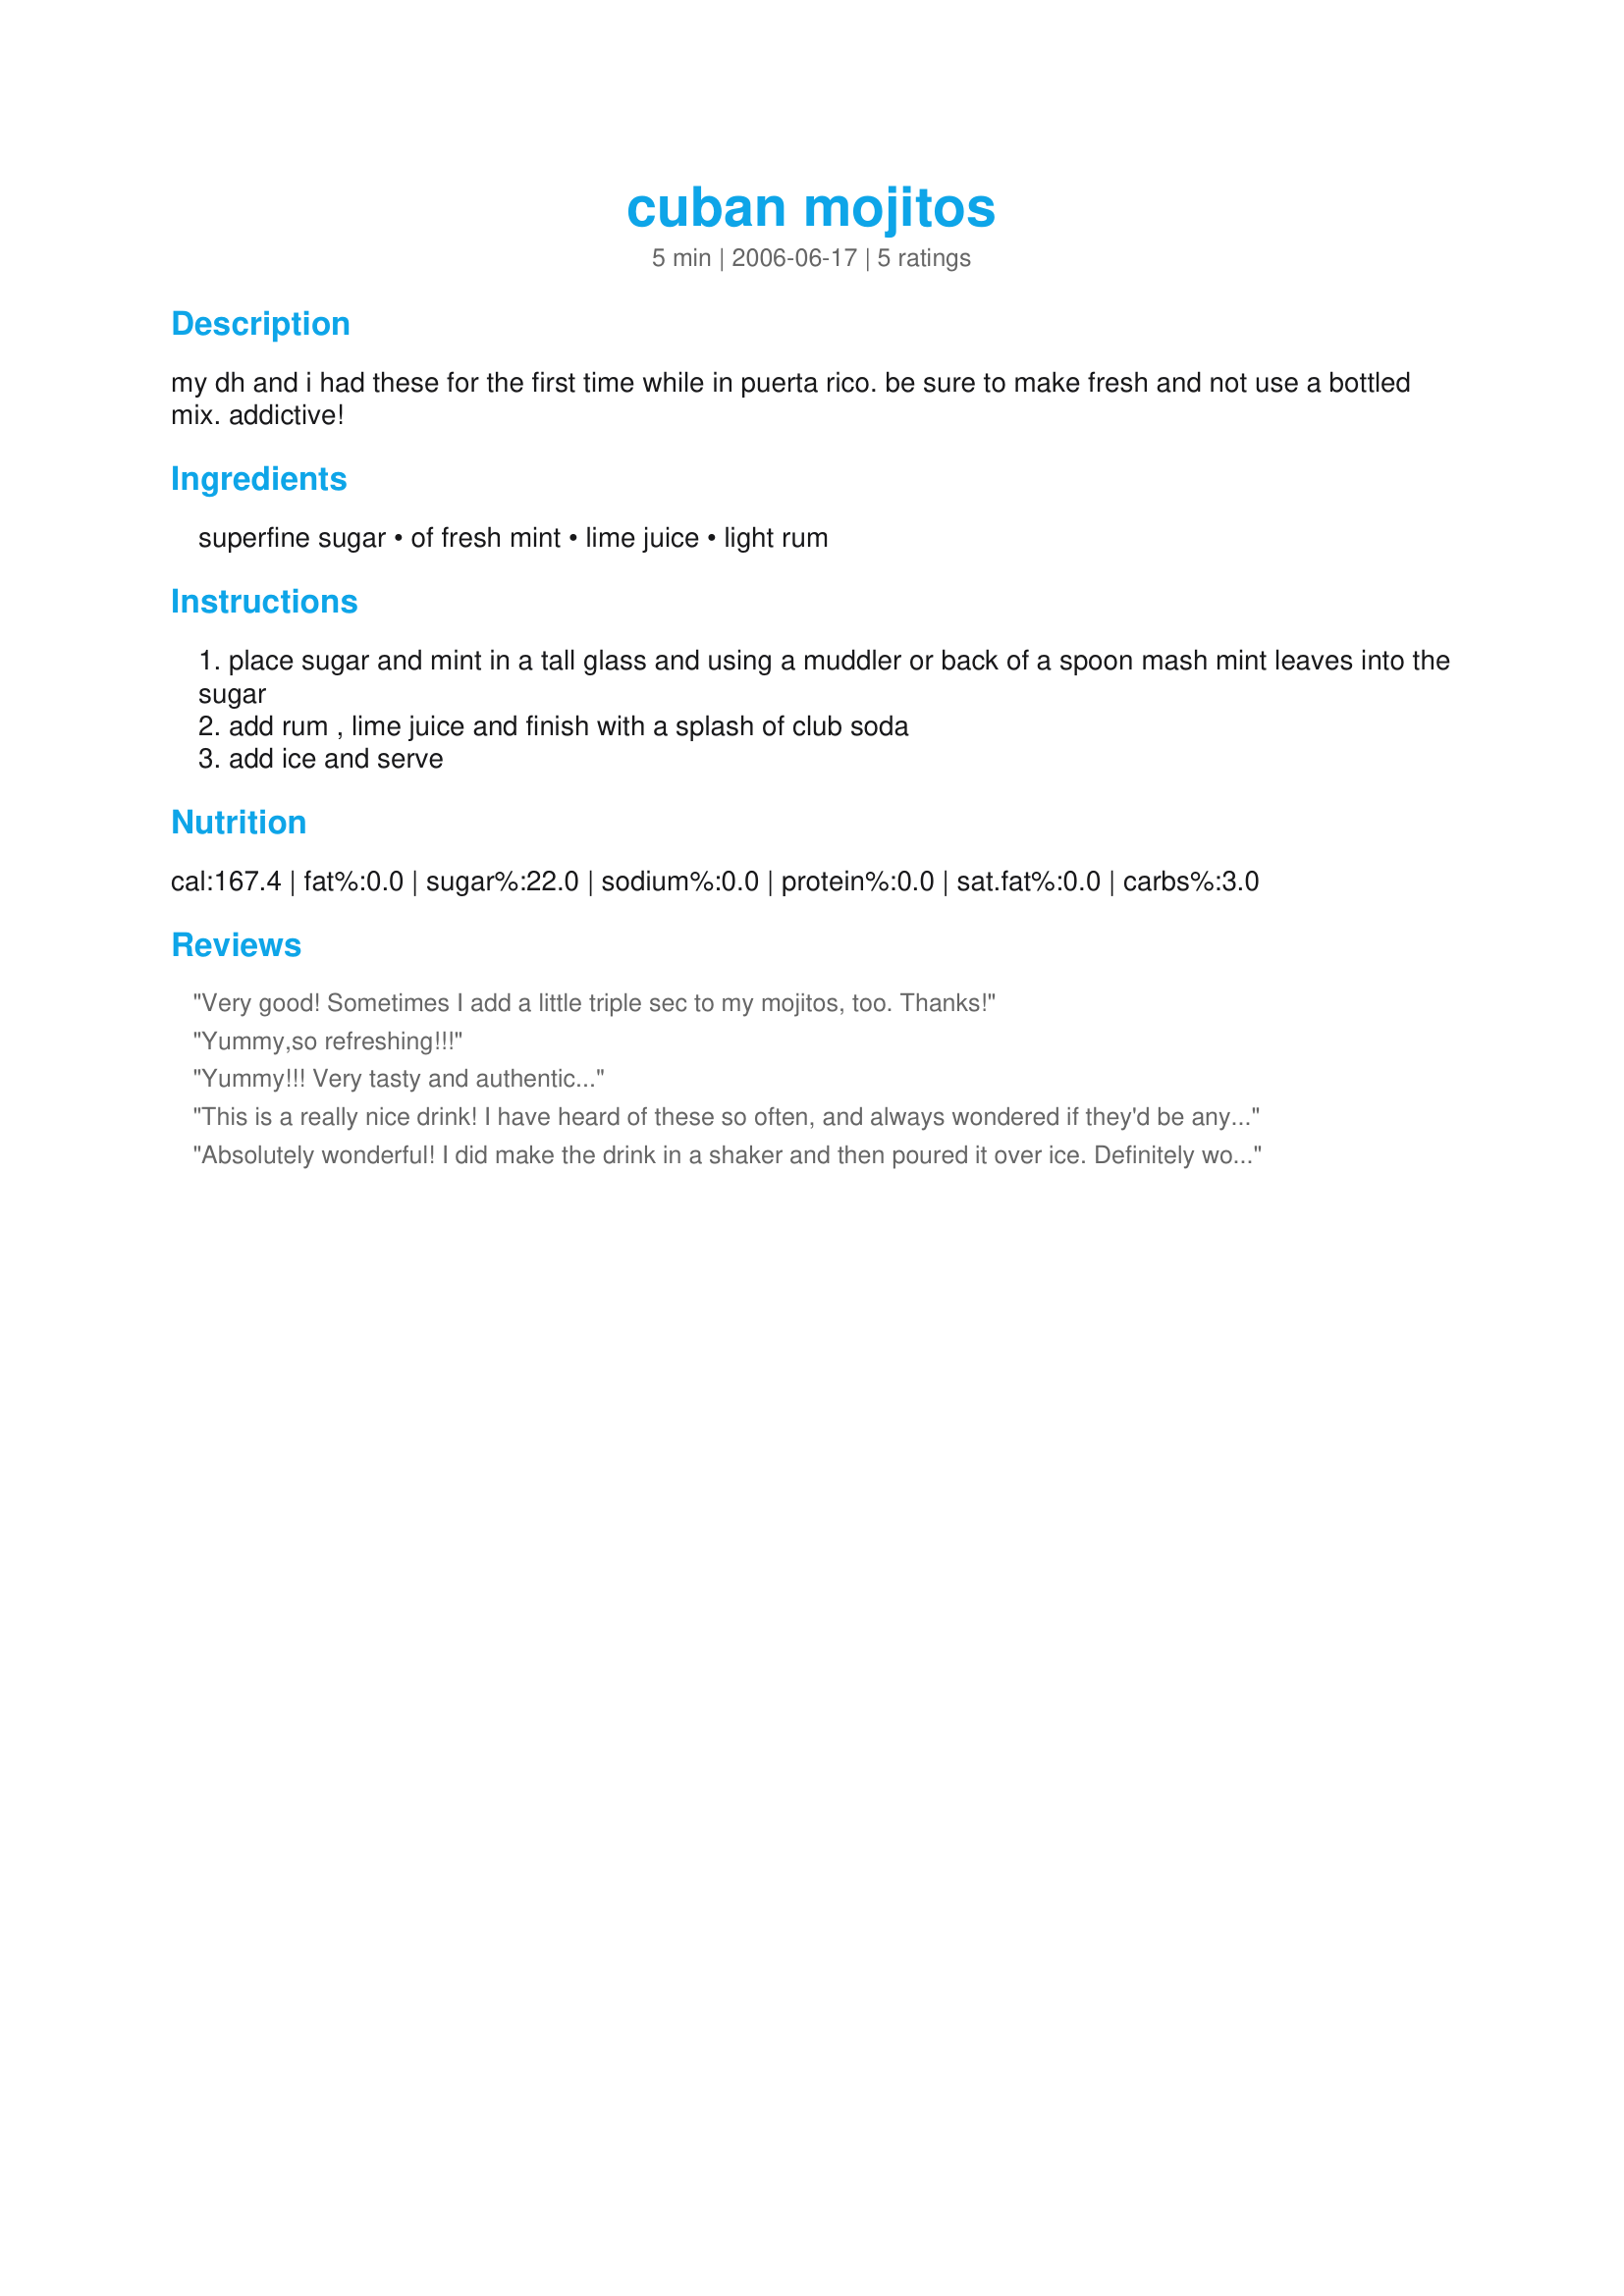
cuban mojitos
Preparation time: 5 minutes

my dh and i had these for the first time while in puerta rico. be sure to make fresh and not use a bottled mix. addictive!

Ingredients:
superfine sugar, of fresh mint, lime juice, light rum

Steps:
place sugar and mint in a tall glass and using a muddler or back of a spoon mash mint leaves into the sugar
add rum , lime juice and finish with a splash of club soda
add ice and serve

Reviews:
Very good! Sometimes I add a little triple sec to my mojitos, too. Thanks!
Yummy,so refreshing!!!
Yummy!!! Very tasty and authentic...
This is a really nice drink! I have heard of these so often, and always wondered if they'd be any good. Now I know! It's really very simple, and they do go down smooth! Thanks for sharing! Made for forum event at KK's!
Absolutely wonderful! I did make the drink in a shaker and then poured it over ice. Definitely worth drinking after a summer day in the garden!
